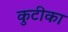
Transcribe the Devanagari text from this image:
कुटीका